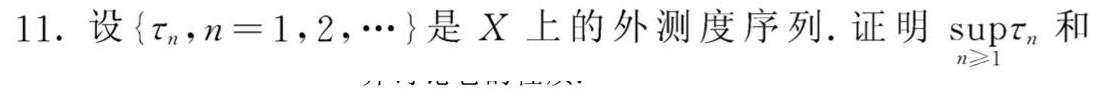
11. 设\(\{\tau_{n},n = 1,2,\cdots\}\)是\(X\)上的外测度序列. 证明\(\sup_{n\geqslant1}\tau_{n}\)和